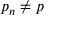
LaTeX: { p } _ { n } \neq p